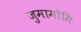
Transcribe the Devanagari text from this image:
जुमामोसि